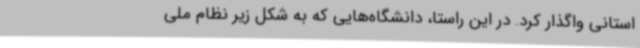
استانی واگذار کرد. در این راستا، دانشگاه‌هایی که به شکل زیر نظام ملی